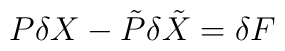
P\delta X - \tilde{P}\delta{\tilde{X}} = \delta F